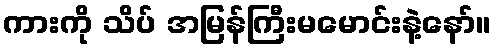
ကားကို သိပ် အမြန်ကြီးမမောင်းနဲ့နော်။